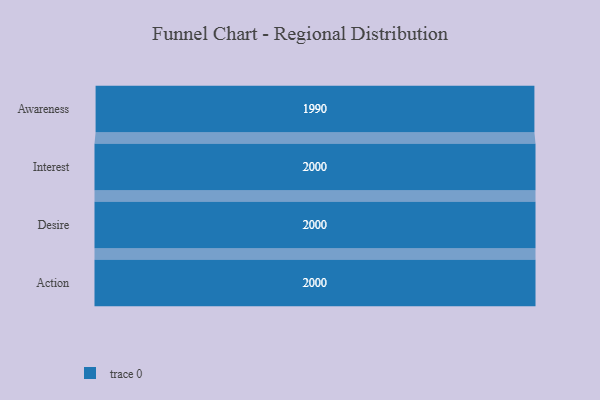
{"axis": {"x": "Stage", "y": "Value"}, "legend": [""], "data": [{"x": "Awareness", "y": 1990.0, "type": ""}, {"x": "Interest", "y": 2000, "type": ""}, {"x": "Desire", "y": 2000, "type": ""}, {"x": "Action", "y": 2000, "type": ""}]}